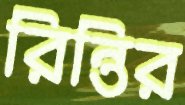
রিন্তির